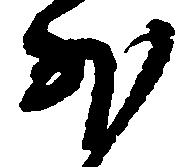
外